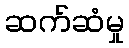
ဆက်ဆံမှု